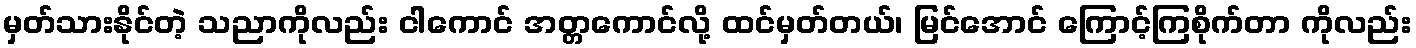
မှတ်သားနိုင်တဲ့ သညာကိုလည်း ငါကောင် အတ္တကောင်လို့ ထင်မှတ်တယ်၊ မြင်အောင် ကြောင့်ကြစိုက်တာ ကိုလည်း